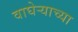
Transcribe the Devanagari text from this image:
वाघेऱ्याच्या